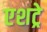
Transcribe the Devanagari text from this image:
एशट्रे